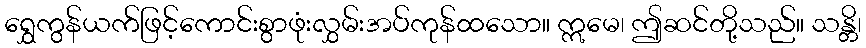
ရွှေကွန်ယက်ဖြင့်ကောင်းစွာဖုံးလွှမ်းအပ်ကုန်ထသော။ ဣမေ၊ ဤဆင်တို့သည်။ သန္တိ၊